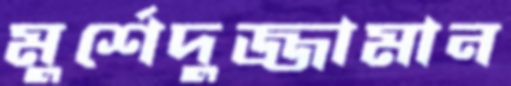
মুর্শেদুজ্জামান